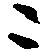
ニ